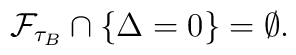
\mathcal{F}_{\tau_{B}} \cap \{ \Delta = 0 \} = \emptyset.